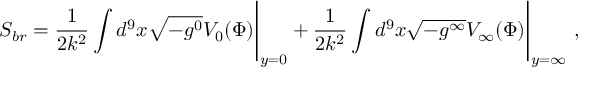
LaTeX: S _ { b r } = \frac { 1 } { 2 k ^ { 2 } } \int d ^ { 9 } x \sqrt { - g ^ { 0 } } V _ { 0 } ( \Phi ) \Bigg | _ { y = 0 } + \frac { 1 } { 2 k ^ { 2 } } \int d ^ { 9 } x \sqrt { - g ^ { \infty } } V _ { \infty } ( \Phi ) \Bigg | _ { y = \infty } \ ,